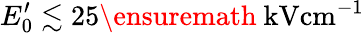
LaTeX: E_{0}^{\prime}\lesssim 25\ensuremath{~\mathrm{kV}\mathrm{cm}^{-1}}